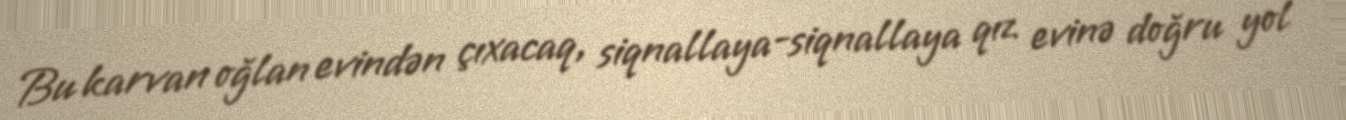
Bu karvan oğlan evindən çıxacaq, siqnallaya-siqnallaya qız evinə doğru yol